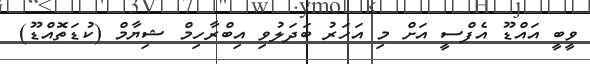
ވީބީ އައްޑޫ އެފްސީ އަށް މި އަހަރު ބަދަލުވި އިބްރާހިމް ޝިޔާމް (ކުޑަތޮއްޑޫ)